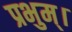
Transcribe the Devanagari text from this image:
प्रभुम्।